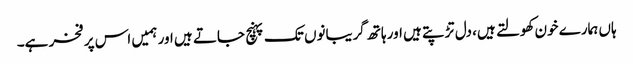
ہاں ہمارے خون کھولتے ہیں، دل تڑپتے ہیں اور ہاتھ گریبانوں تک پہنچ جاتے ہیں اور ہمیں اس پر فخر ہے۔